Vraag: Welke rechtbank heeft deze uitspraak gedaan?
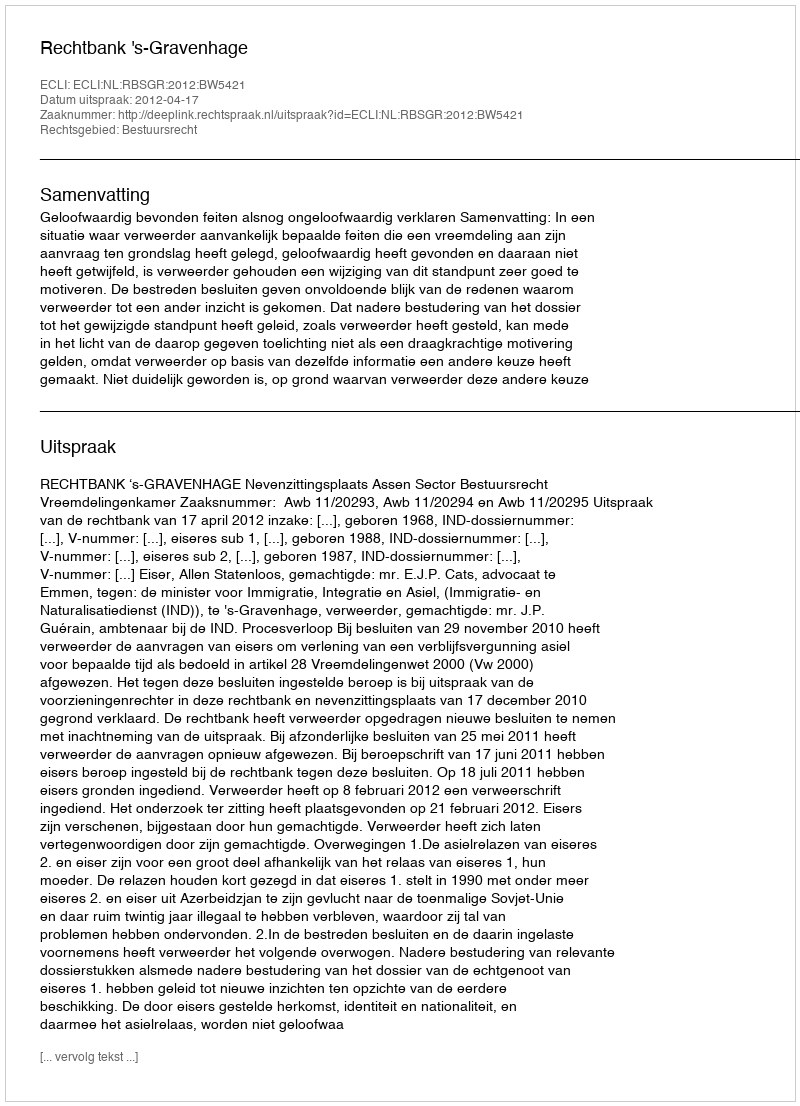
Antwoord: Rechtbank 's-Gravenhage